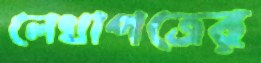
লেখাপত্রের